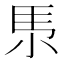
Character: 𡭳